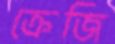
ক্রেজি